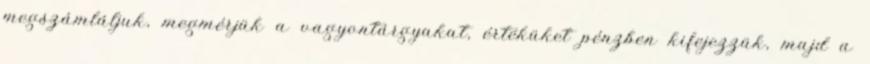
megszámláljuk, megmérjük a vagyontárgyakat, értéküket pénzben kifejezzük, majd a